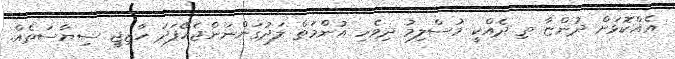
އެއްކޮޅަށް ދުންޏާ ތި ދެއްކީ މުސްލިމު ދިވެހި އުންމަތް ލަދުގަންނަންޖެހޭފަދަ ހާޒިޖީ ސިޔާސަތެއް.